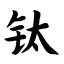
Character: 钛